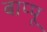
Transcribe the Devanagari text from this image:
बाप्पू